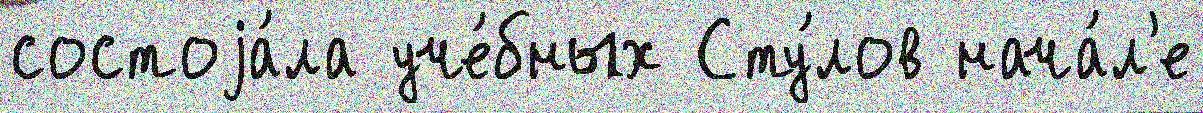
состоjа́ла уче́бных Сту́лов нача́л'е